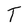
Character: T